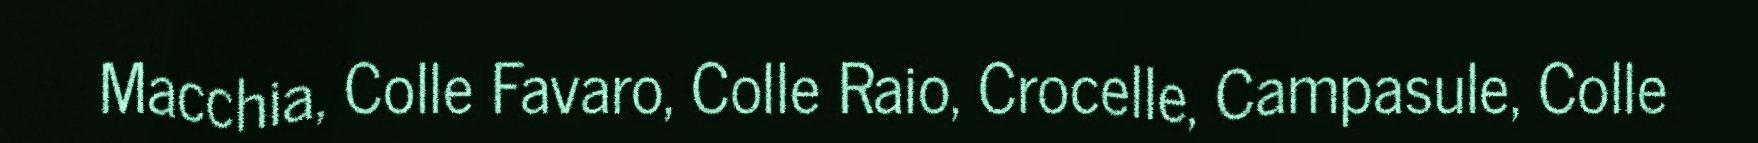
Macchia, Colle Favaro, Colle Raio, Crocelle, Campasule, Colle